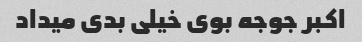
اکبر جوجه بوی خیلی بدی میداد